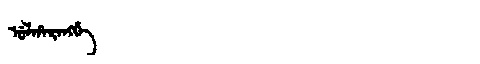
Manchu: ᡠᠯᡥᠠᡵᠠᠩᡤᡝ
Romanization: ULHARANGGE